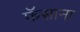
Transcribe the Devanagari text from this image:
फॅसाना